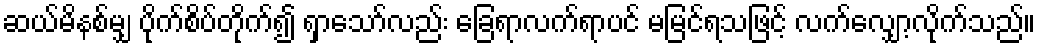
ဆယ်မိနစ်မျှ ပိုက်စိပ်တိုက်၍ ရှာသော်လည်း ခြေရာလက်ရာပင် မမြင်ရသဖြင့် လက်လျှော့လိုက်သည်။